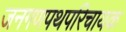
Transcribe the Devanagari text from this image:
जनगणपथपरिचायक